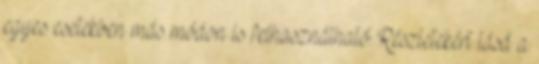
egyes esetekben más módon is felhasználható. Részletekért lásd a